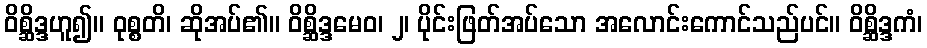
ဝိစ္ဆိဒ္ဒဟူ၍။ ဝုစ္စတိ၊ ဆိုအပ်၏။ ဝိစ္ဆိဒ္ဒမေဝ၊ ၂၊ ပိုင်းဖြတ်အပ်သော အလောင်းကောင်သည်ပင်။ ဝိစ္ဆိဒ္ဒကံ၊